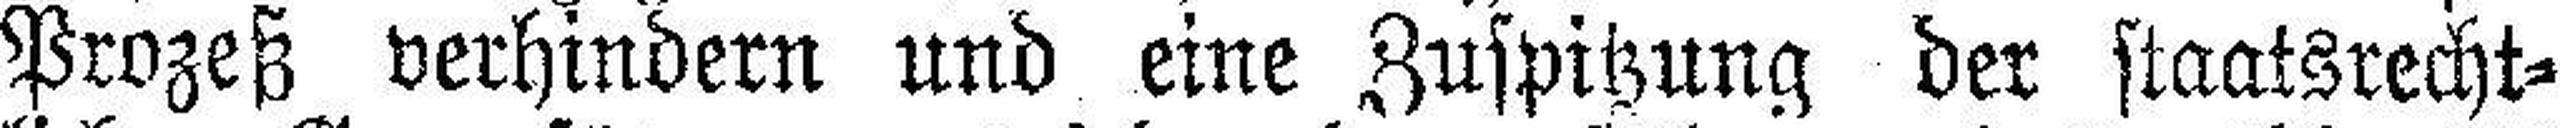
Prozeß verhindern und eine Zuspitzung der staatsrecht¬